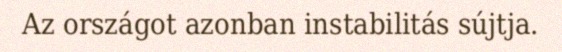
Az országot azonban instabilitás sújtja.